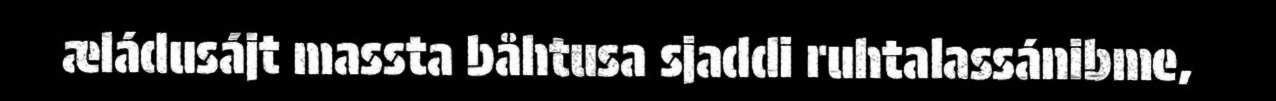
æládusájt massta båhtusa sjaddi ruhtalassánibme,